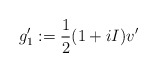
\begin{align*}g_1':=\frac{1}{2}(1+iI)v'\end{align*}